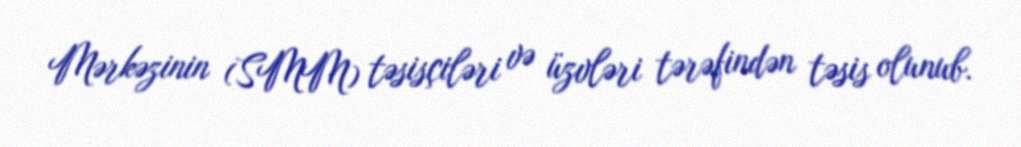
Mərkəzinin (SMM) təsisçiləri və üzvləri tərəfindən təsis olunub.